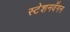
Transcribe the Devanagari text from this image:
स्टेशनवॅगन